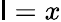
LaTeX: \mathsf{l}=x